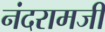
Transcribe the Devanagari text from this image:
नंदरामजी